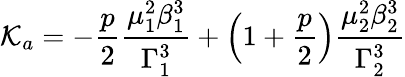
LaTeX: \mathcal{K}_{a}=-\frac{p}{2}\frac{\mu_{1}^{2}\beta_{1}^{3}}{\Gamma_{1}^{3}}+\left(1+\frac{p}{2}\right)\frac{\mu_{2}^{2}\beta_{2}^{3}}{\Gamma_{2}^{3}}